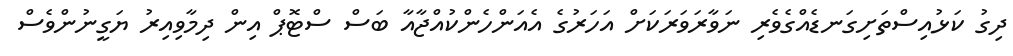
ދިގު ކަޅުއިސްތަށިގަނޑެއްގެވެރި ނަވާރަވަރަކަށް އަހަރުގެ އެއަންހެންކުއްޖާއާ ބަސް ސްޓޮޕް އިން ދިމާވިއިރު ޔަގީނުންވެސް